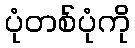
ပုံတစ်ပုံကို